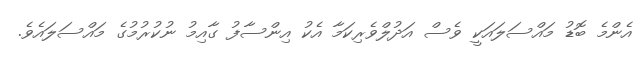
އެންމެ ބޮޑު މައްސަލައަކީ ވެސް އަދުލްވެރިކަމާ އެކު އިންސާފު ގާއިމު ނުކުރުމުގެ މައްސަލައެވެ.